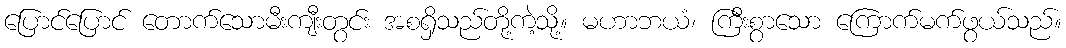
ပြောင်ပြောင် တောက်သောမီးကျီးတွင်း အစရှိသည်တို့ကဲ့သို့။ မဟာဘယံ၊ ကြီးစွာသော ကြောက်မက်ဖွယ်သည်။